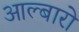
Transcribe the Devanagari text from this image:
आल्बारो